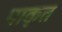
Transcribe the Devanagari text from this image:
पाकृत